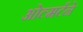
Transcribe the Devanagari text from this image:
ओल्मर्टने